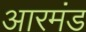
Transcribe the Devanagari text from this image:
आरमंड